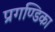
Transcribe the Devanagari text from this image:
प्रगण्डिका